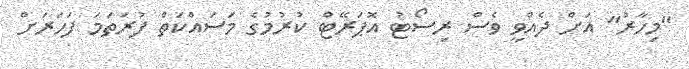
"މިހާރު" އަށް ދެއްވީ ވެސް ރިސޯޓު އޮޕަރޭޓް ކުރުމުގެ މަސައްކަތް ފުރަތަމަ ފަހަރަށް